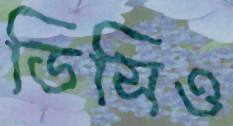
ডিসিও